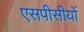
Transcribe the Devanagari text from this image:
एसपीसीयों